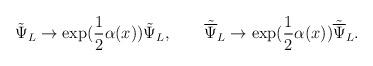
LaTeX: \begin{align*}{\tilde\Psi}_L \rightarrow \exp(\frac{1}{2}\alpha(x)){\tilde\Psi}_L, \qquad{\tilde{\overline\Psi}}_L \rightarrow \exp(\frac{1}{2}\alpha(x)){\tilde{\overline\Psi}}_L.\end{align*}